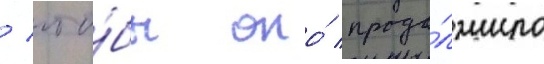
/ что́бы оно́ продо́лжило